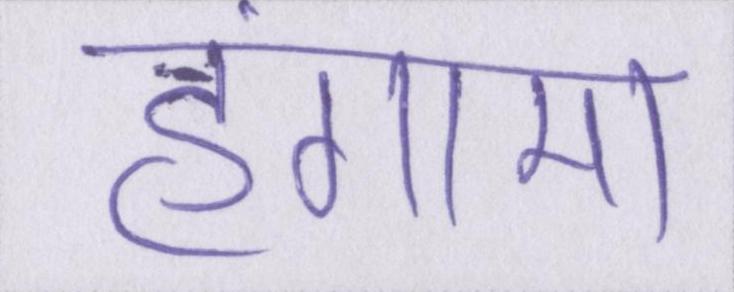
हंगामा